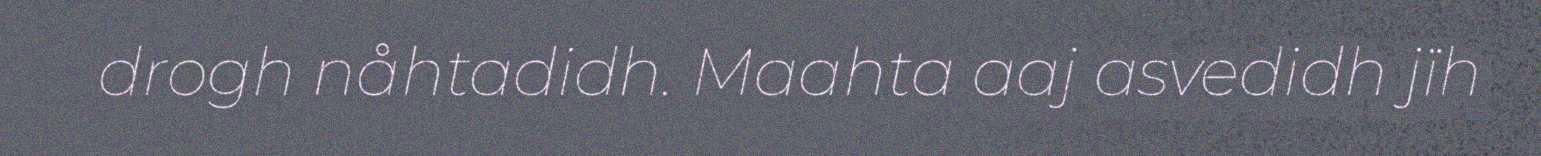
drogh nåhtadidh. Maahta aaj asvedidh jïh